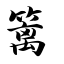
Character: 篱